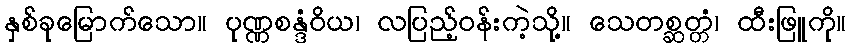
နှစ်ခုမြောက်သော။ ပုဏ္ဏစန္ဒံဝိယ၊ လပြည့်ဝန်းကဲ့သို့။ သေတစ္ဆတ္တံ၊ ထီးဖြူကို။